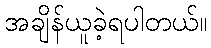
အချိန်ယူခဲ့ရပါတယ်။